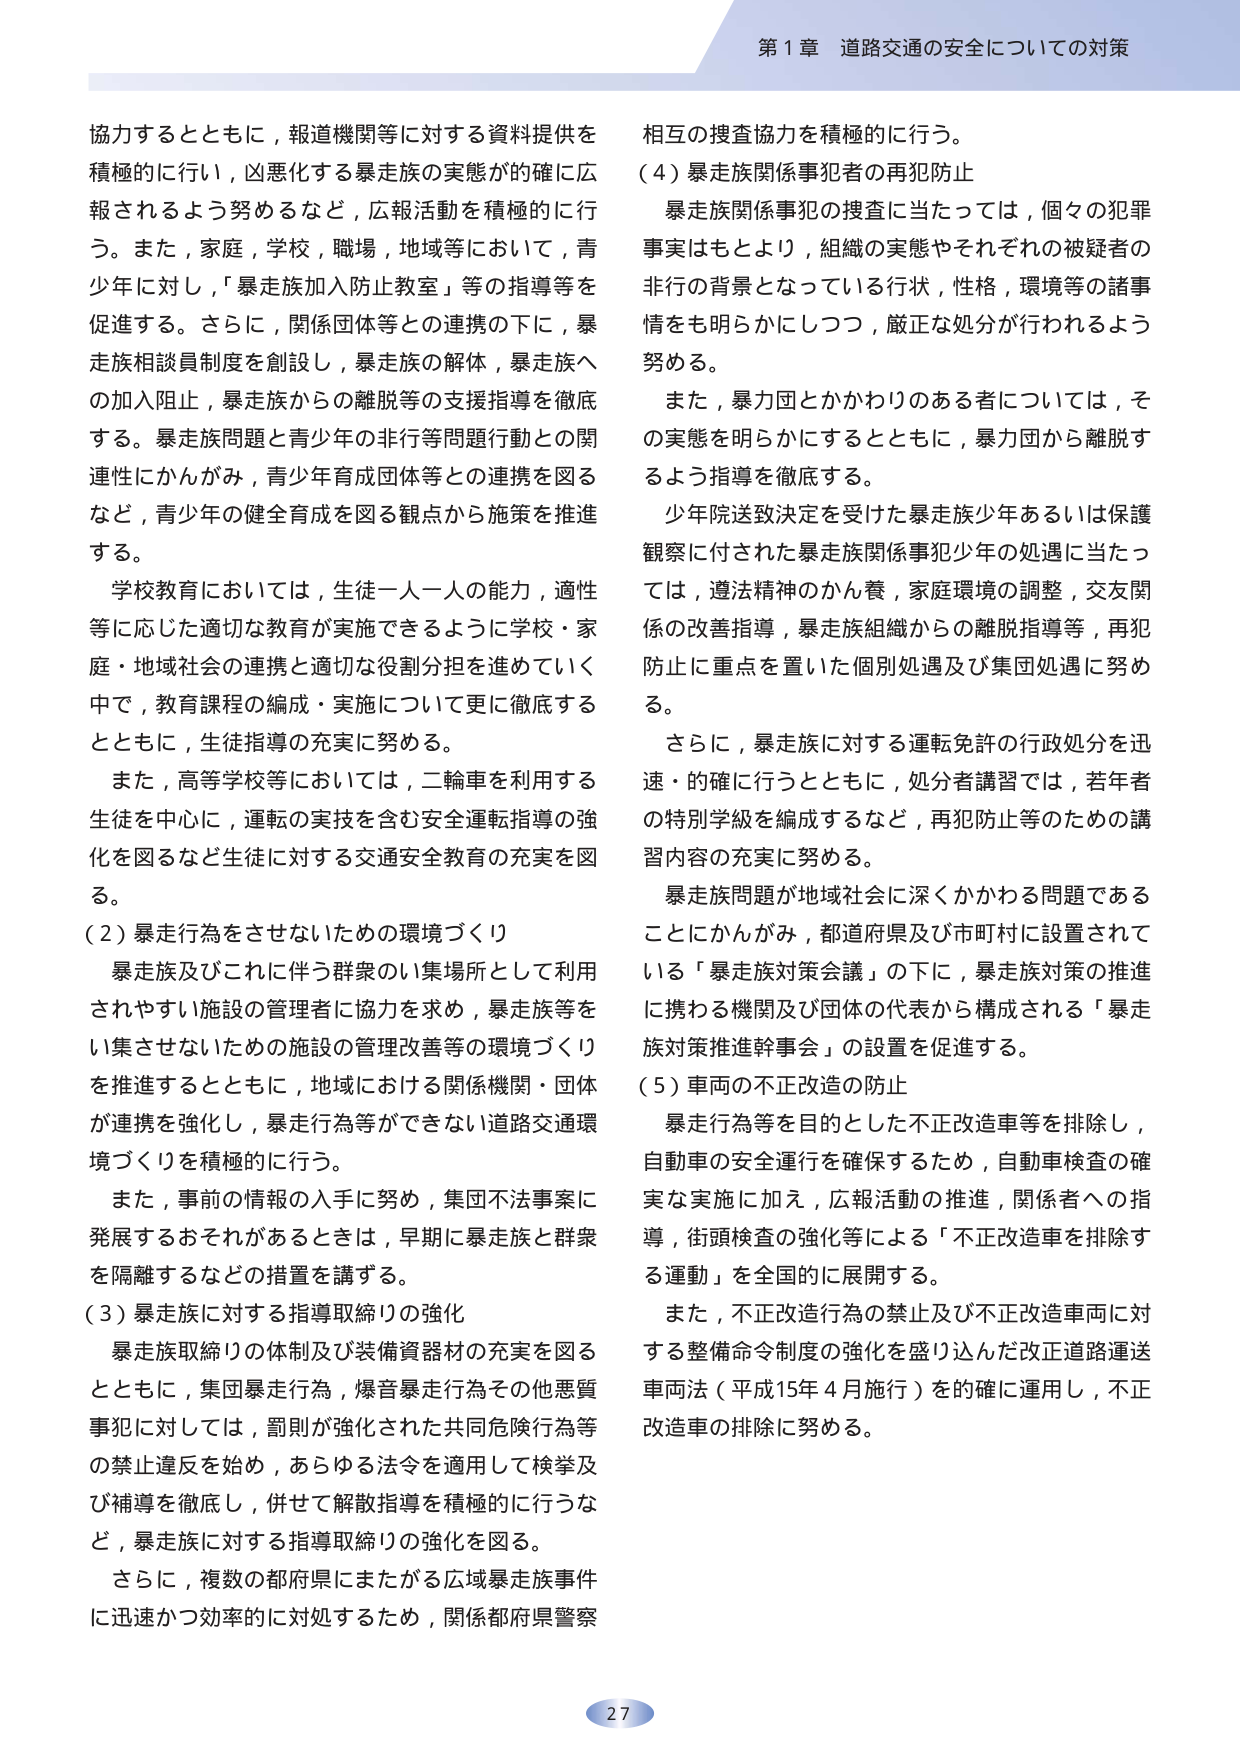
第1章 道路交通の安全についての対策

協力するとともに，報道機関等に対する資料提供を
積極的に行い，凶悪化する暴走族の実態が的確に広
報されるよう努めるなど，広報活動を積極的に行
う。また，家庭，学校，職場，地域等において，青
少年に対し，「暴走族加入防止教室」等の指導等を
促進する。さらに，関係団体等との連携の下に，暴
走族相談員制度を創設し，暴走族の解体，暴走族へ
の加入阻止，暴走族からの離脱等の支援指導を徹底
する。暴走族問題と青少年の非行等問題行動との関
連性にかんがみ，青少年育成団体等との連携を図る
など，青少年の健全育成を図る観点から施策を推進
する。

学校教育においては，生徒一人一人の能力，適性
等に応じた適切な教育が実施できるように学校・家
庭・地域社会の連携と適切な役割分担を進めていく
中で，教育課程の編成・実施について更に徹底する
とともに，生徒指導の充実に努める。

また，高等学校等においては，二輪車を利用する
生徒を中心に，運転の実技を含む安全運転指導の強
化を図るなど生徒に対する交通安全教育の充実を図
る。

（2）暴走行為をさせないための環境づくり

暴走族及びこれに伴う群衆のい集場所として利用
されやすい施設の管理者に協力を求め，暴走族等を
い集させないための施設の管理改善等の環境づくり
を推進するとともに，地域における関係機関・団体
が連携を強化し，暴走行為等ができない道路交通環
境づくりを積極的に行う。

また，事前の情報の入手に努め，集団不法事案に
発展するおそれがあるときは，早期に暴走族と群衆
を隔離するなどの措置を講ずる。

（3）暴走族に対する指導取締りの強化

暴走族取締りの体制及び装備資器材の充実を図る
とともに，集団暴走行為，爆音暴走行為その他悪質
事犯に対しては，罰則が強化された共同危険行為等
の禁止違反を始め，あらゆる法令を適用して検挙及
び補導を徹底し，併せて解散指導を積極的に行うな
ど，暴走族に対する指導取締りの強化を図る。

さらに，複数の都府県にまたがる広域暴走族事件
に迅速かつ効率的に対処するため，関係都府県警察
相互の捜査協力を積極的に行う。

（4）暴走族関係事犯者の再犯防止

暴走族関係事犯の捜査に当たっては，個々の犯罪
事実はもとより，組織の実態やそれぞれの被疑者の
非行の背景となっている行状，性格，環境等の諸事
情をも明らかにしつつ，厳正な処分が行われるよう
努める。

また，暴力団とかかわりのある者については，そ
の実態を明らかにするとともに，暴力団から離脱す
るよう指導を徹底する。

少年院送致決定を受けた暴走族少年あるいは保護
観察に付された暴走族関係事犯少年の処遇に当たっ
ては，遵法精神のかん養，家庭環境の調整，交友関
係の改善指導，暴走族組織からの離脱指導等，再犯
防止に重点を置いた個別処遇及び集団処遇に努め
る。

さらに，暴走族に対する運転免許の行政処分を迅速
・的確に行うとともに，処分者講習では，若年者
の特別学級を編成するなど，再犯防止等のための講
習内容の充実に努める。

暴走族問題が地域社会に深くかかわる問題である
ことにかんがみ，都道府県及び市町村に設置されて
いる「暴走族対策会議」の下に，暴走族対策の推進
に携わる機関及び団体の代表から構成される「暴走
族対策推進幹事会」の設置を促進する。

（5）車両の不正改造の防止

暴走行為等を目的とした不正改造車等を排除し，
自動車の安全運行を確保するため，自動車検査の確
実な実施に加え，広報活動の推進，関係者への指
導，街頭検査の強化等による「不正改造車を排除す
る運動」を全国的に展開する。

また，不正改造行為の禁止及び不正改造車両に対
する整備命令制度の強化を盛り込んだ改正道路運送
車両法（平成15年4月施行）を的確に運用し，不正
改造車の排除に努める。

27